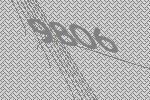
9806